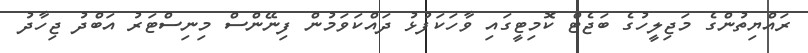
ރައްޔިތުންގެ މަޖިލީހުގެ ބަޖެޓް ކޮމިޓީގައި ވާހަކަފުޅު ދައްކަވަމުން ފިނޭންސް މިނިސްޓަރު އަބްދު ޖިހާދު